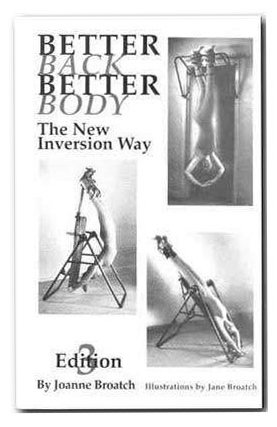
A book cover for Better Back, Better Body: The New Inversion Way, 4th Edition; Joanne Broatch; Health, Fitness & Dieting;